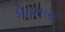
કોલનાસ